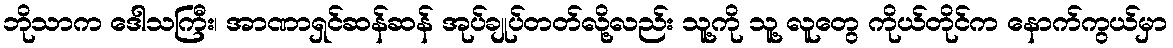
ဘိုသာက ဒေါသကြီး၊ အာဏာရှင်ဆန်ဆန် အုပ်ချုပ်တတ်လို့လည်း သူ့ကို သူ့ လူတွေ ကိုယ်တိုင်က နောက်ကွယ်မှာ